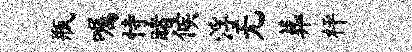
瓶嘱恃睹候浮无葬枰